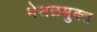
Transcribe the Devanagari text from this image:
भेसळमुक्त